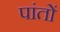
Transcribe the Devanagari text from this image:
पांतों